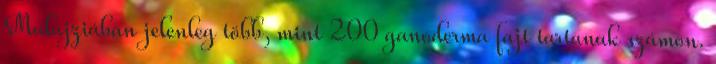
Malajziában jelenleg több, mint 200 ganoderma fajt tartanak számon.